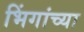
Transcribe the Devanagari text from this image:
भिंगांच्या